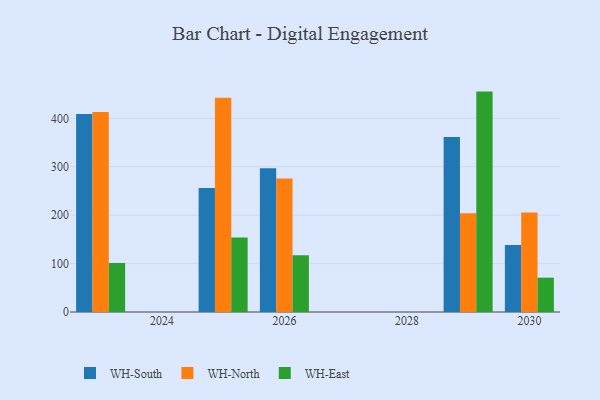
{"axis": {"x": "Year", "y": "Revenue (USD Million)"}, "legend": ["WH-East", "WH-North", "WH-South"], "data": [{"x": "2023", "y": 409.1, "type": "WH-South"}, {"x": "2023", "y": 413.0, "type": "WH-North"}, {"x": "2023", "y": 101.3, "type": "WH-East"}, {"x": "2030", "y": 138.3, "type": "WH-South"}, {"x": "2030", "y": 205.4, "type": "WH-North"}, {"x": "2030", "y": 70.9, "type": "WH-East"}, {"x": "2025", "y": 256.3, "type": "WH-South"}, {"x": "2025", "y": 442.4, "type": "WH-North"}, {"x": "2025", "y": 153.9, "type": "WH-East"}, {"x": "2029", "y": 361.4, "type": "WH-South"}, {"x": "2029", "y": 203.8, "type": "WH-North"}, {"x": "2029", "y": 455.2, "type": "WH-East"}, {"x": "2026", "y": 296.7, "type": "WH-South"}, {"x": "2026", "y": 275.8, "type": "WH-North"}, {"x": "2026", "y": 117.1, "type": "WH-East"}]}